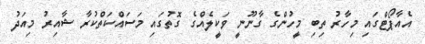
އެއާޕޯޓްގައި މިހާރު ތިބި މީހުންގެ ގާނޫނީ ވަކީލެއްގެ ގޮތުގައި މަސައްކަތްކުރާ ޝާއިރު މިއަދު